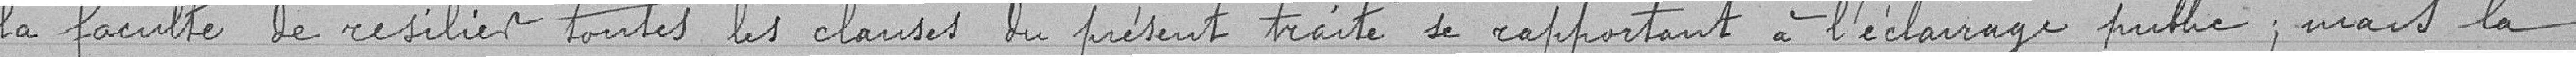
la faculté de résilier toutes les clauses du présent traité  se rapportent à l'éclairage public, mais la